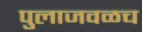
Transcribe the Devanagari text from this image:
पुलाजवळच